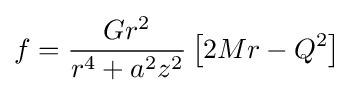
f={\frac {Gr^{2}}{r^{4}+a^{2}z^{2}}}\left[2Mr-Q^{2}\right]